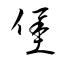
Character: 堡